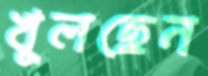
খুলছেন